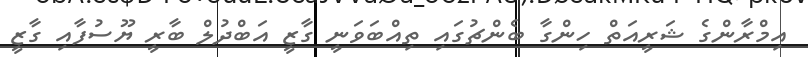
އިމްރާންގެ ޝަރީއަތް ހިންގާ ބެންޗުގައި ތިއްބަވަނީ ގާޒީ އަބްދުލް ބާރީ ޔޫސުފާއި ގާޒީ